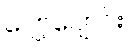
ပျော့ပျောင်း